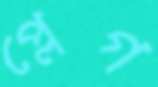
প্লেগ